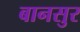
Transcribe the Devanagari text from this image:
बानसुर